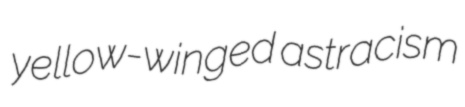
yellow-winged astracism